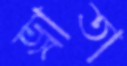
ভ্রাতা